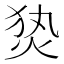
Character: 𰞕